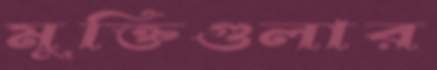
মুক্তিগুলার